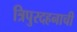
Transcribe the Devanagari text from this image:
त्रिपुरदहनाची